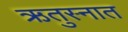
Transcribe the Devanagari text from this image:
ऋतुस्नात